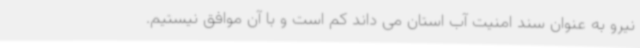
نیرو به عنوان سند امنیت آب استان می داند کم است و با آن موافق نیستیم.